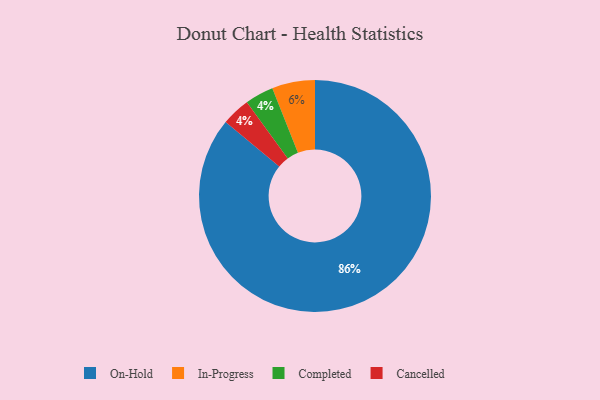
{"axis": {"x": "Category", "y": "Percentage"}, "legend": ["Cancelled", "Completed", "In-Progress", "On-Hold"], "data": [{"x": "In-Progress", "y": 6, "type": "In-Progress"}, {"x": "Completed", "y": 4, "type": "Completed"}, {"x": "On-Hold", "y": 86, "type": "On-Hold"}, {"x": "Cancelled", "y": 4, "type": "Cancelled"}]}